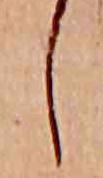
し